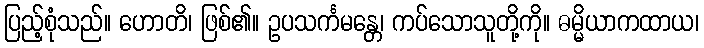
ပြည့်စုံသည်။ ဟောတိ၊ ဖြစ်၏။ ဥပသင်္ကမန္တေ၊ ကပ်သောသူတို့ကို။ ဓမ္မိယာကထာယ၊